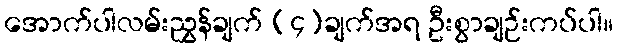
အောက်ပါလမ်းညွှန်ချက် (၄)ချက်အရ ဦးစွာချဉ်းကပ်ပါ။